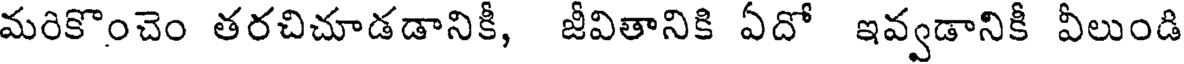
మరికొంచెం తరచిచూడడానికీ, జీవితానికి ఏదో ఇవ్వడానికీ వీలుండి